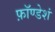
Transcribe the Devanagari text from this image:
फ़ॉण्डेशं